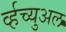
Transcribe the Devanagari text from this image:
र्व्हच्युअल